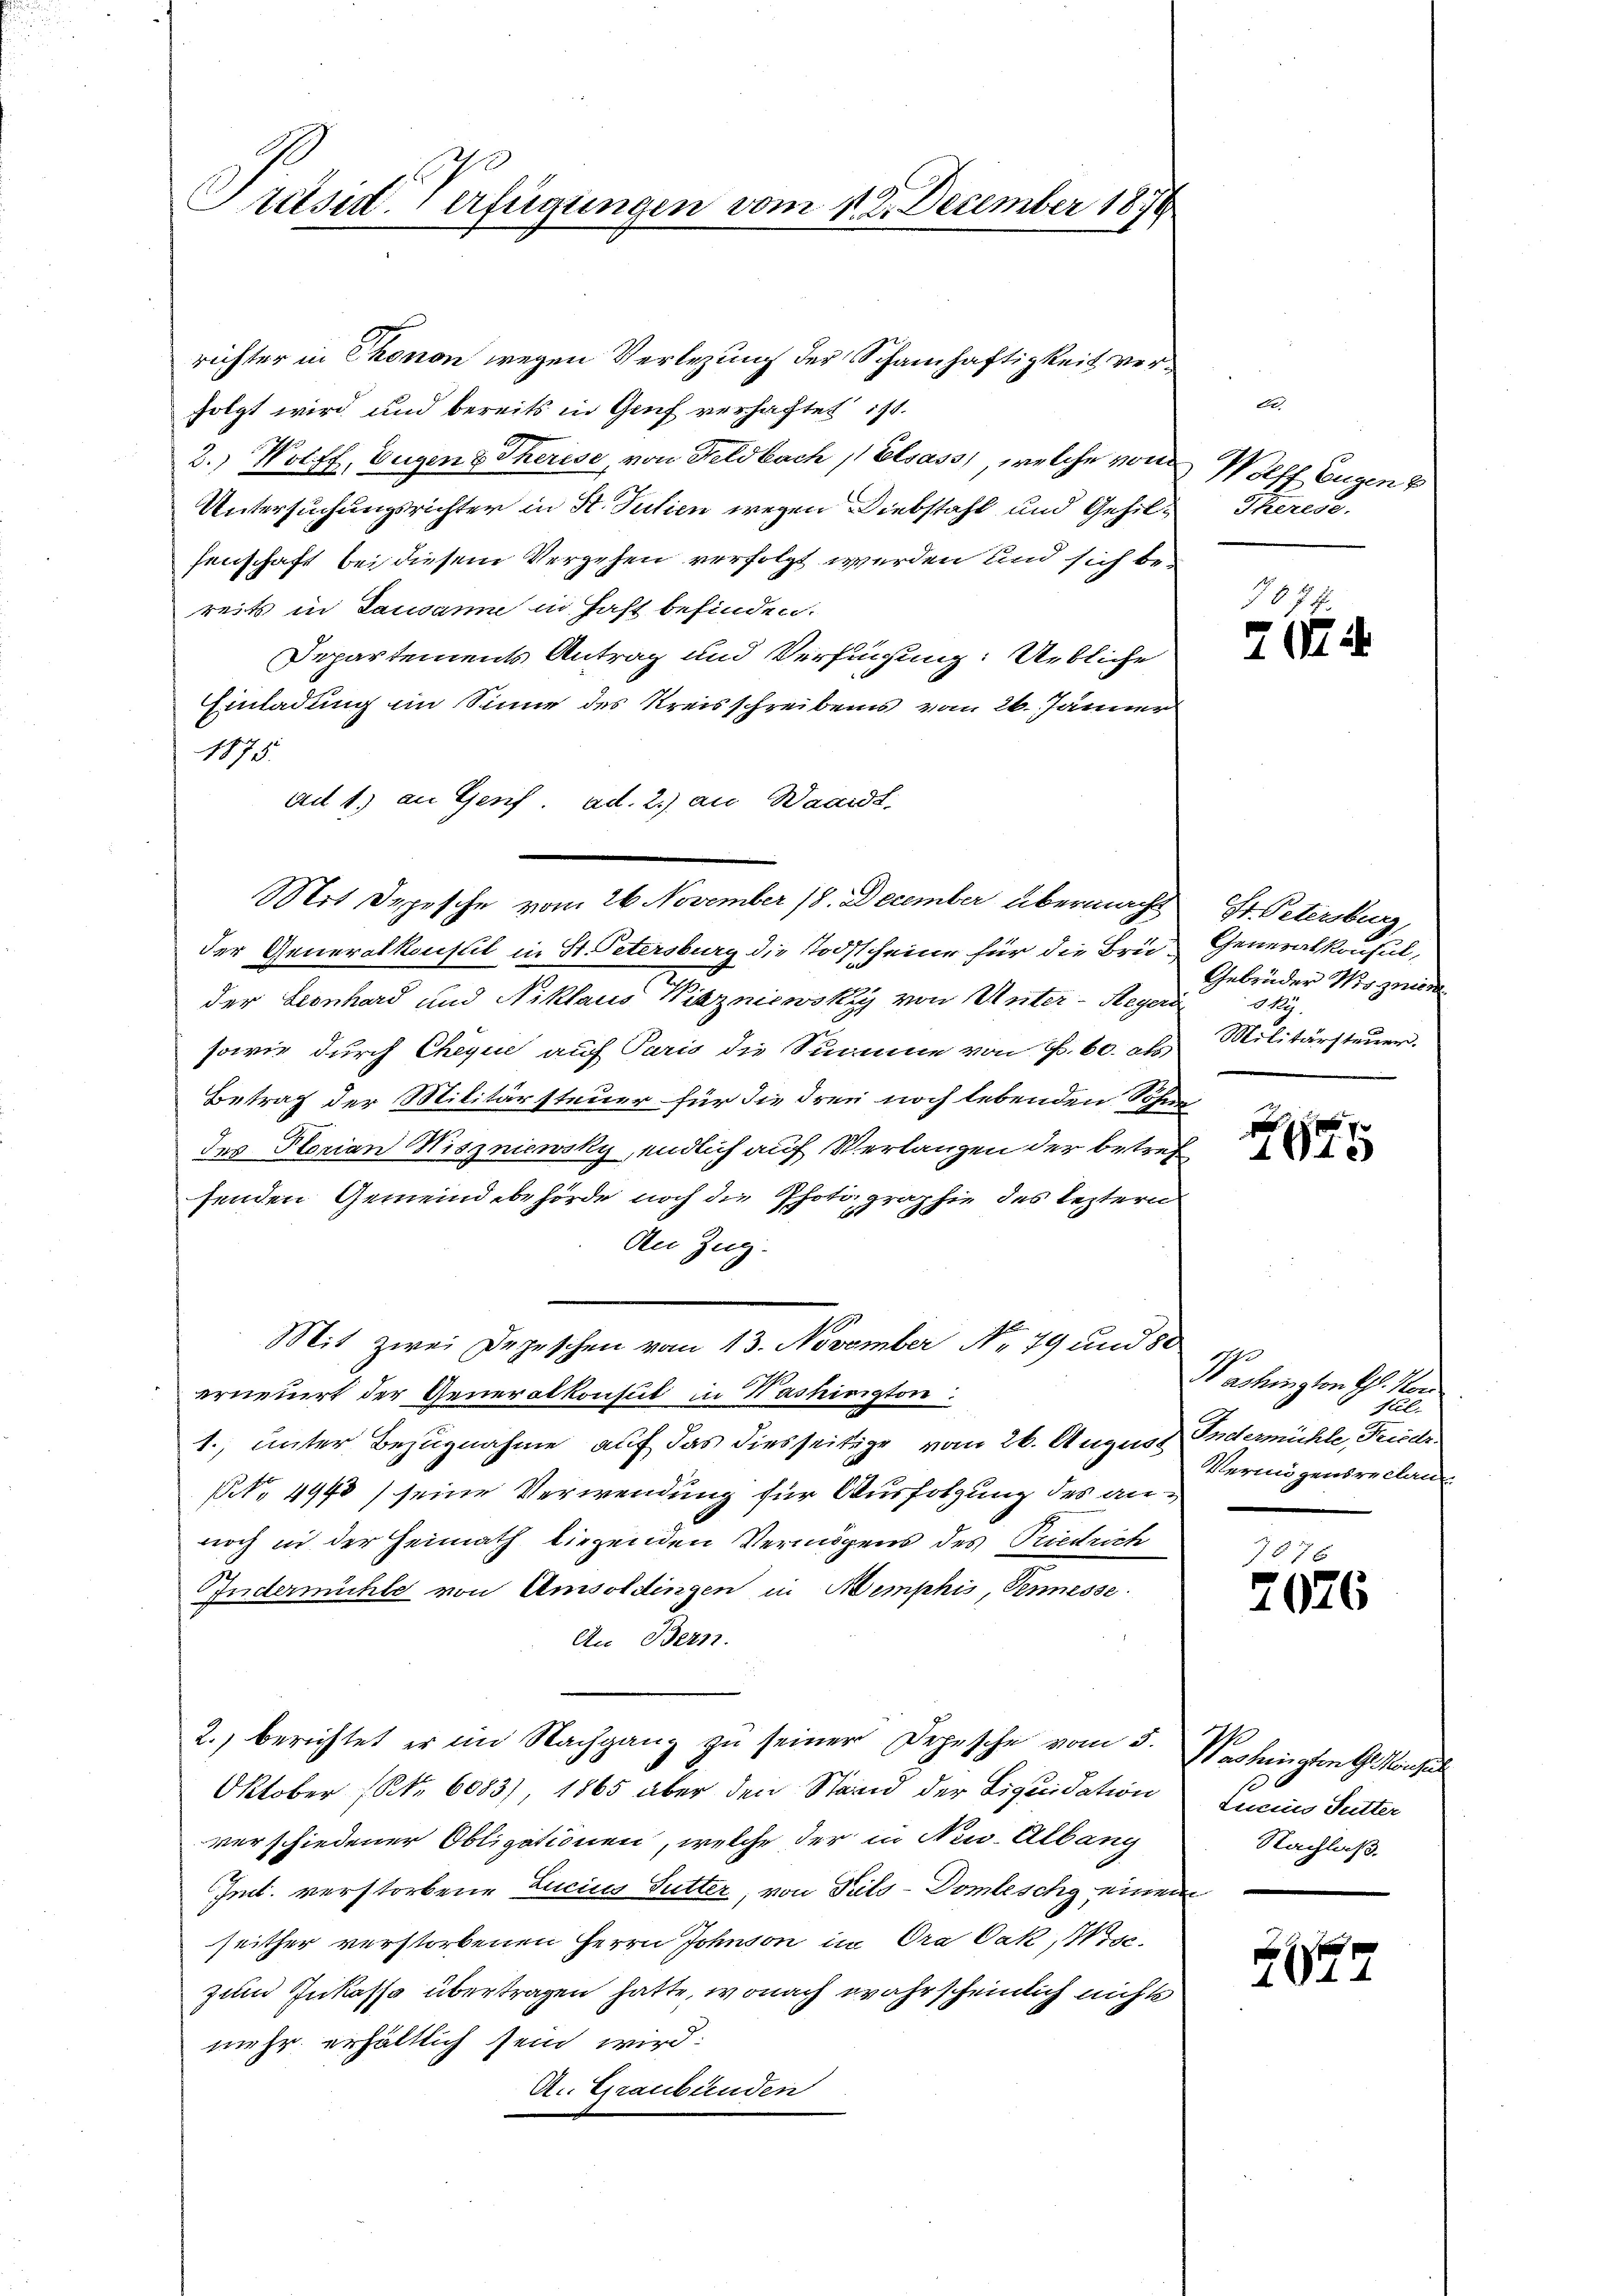
Präsid. Verfügungen vom 1. 2. December 1874

richter in Thonen wegen Verlegung der Schamhaftigkeit verfolgt wird und bereits in Genf verhaftet ist.
2.) Wolff, Eugen 8 Therise, von Feldbach Elsass, welche von Wolff Eugen
Untersuchungsrichter in St. Julien wegen Diebstahl und Gehilsenschaft bei diesem Vergehen verfolgt werden und sich bereits in Lausanne in Hast befinden.
Departements Antrag und Verfügung: Uebliche
Einladung im Sinne des Kreisschreiben vom 26. Jänner
1875.
ad 1) an Genf. ad. 2.) an Waadt,
Mit Depesche vom 26 November 18. December übermacht
der Generalkonstit in St. Petersburg die Todsscheine für die Bru-
der Leonhard und Niklaus Wiszniewski von Unter-Reger
sowie durch Cheque auf Paris die Summe von Fr. 60. als
Betrag der Militärsteuer für die drei noch lebenden Sohn
des Horian Miszniewsky, endlich auf Verlangen der betref
fenden Gemeindebehörde noch die Photographie des leztern
An Zug.
Mit zwei Depeschen vom 13. November No. 79 und 80
erneuert der Generalkonsul in Washington:
1., unter Bezugnahme auf das diesseitige vom 26. August Indermühle, Friede
NNo. 4943) seine Verwendung für Ausfolgung des annoch in der Heimath liegenden Vermögens des Priedrich
Indermühle von Amsoldingen in Memphis, Pennesse
An Bern.
2. berichtet er im Nachgang zu seiner Depesche vom 3.
Oktober (Nr. 6083) 1865 aber den Stand der Liquidation
verschiedener Obligationen, welche der in Niw. Albang
Int. verstorbene Zucius Futter, von Puls-Domleschy einen
seither verstorbenen Herrn Johnson in Ora Pak, Misc
zum Inkasse übertragen hatte, wonach wahrscheinlich nichts
mehr erhältlich sein wird:
An Graubünden

Therese.

7674.
774

Hr. Petersburg,
Generalkonsul,
Gebrüder Wagnien
de.
Militärsteuer.

1
164

Washington G. Vor
Hlub
Vermögensreclan

787 x
2076

Washingten G. Konsul
tucus Sutter
Nachlaß.

s
2014